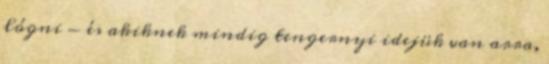
lógni - és akiknek mindig tengernyi idejük van arra,